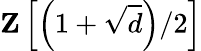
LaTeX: \mathbf{Z}\left[\left(1+{\sqrt{d}}\right)/2\right]